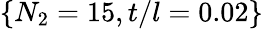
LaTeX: \{ N_{2}=15,t/l=0.02\}